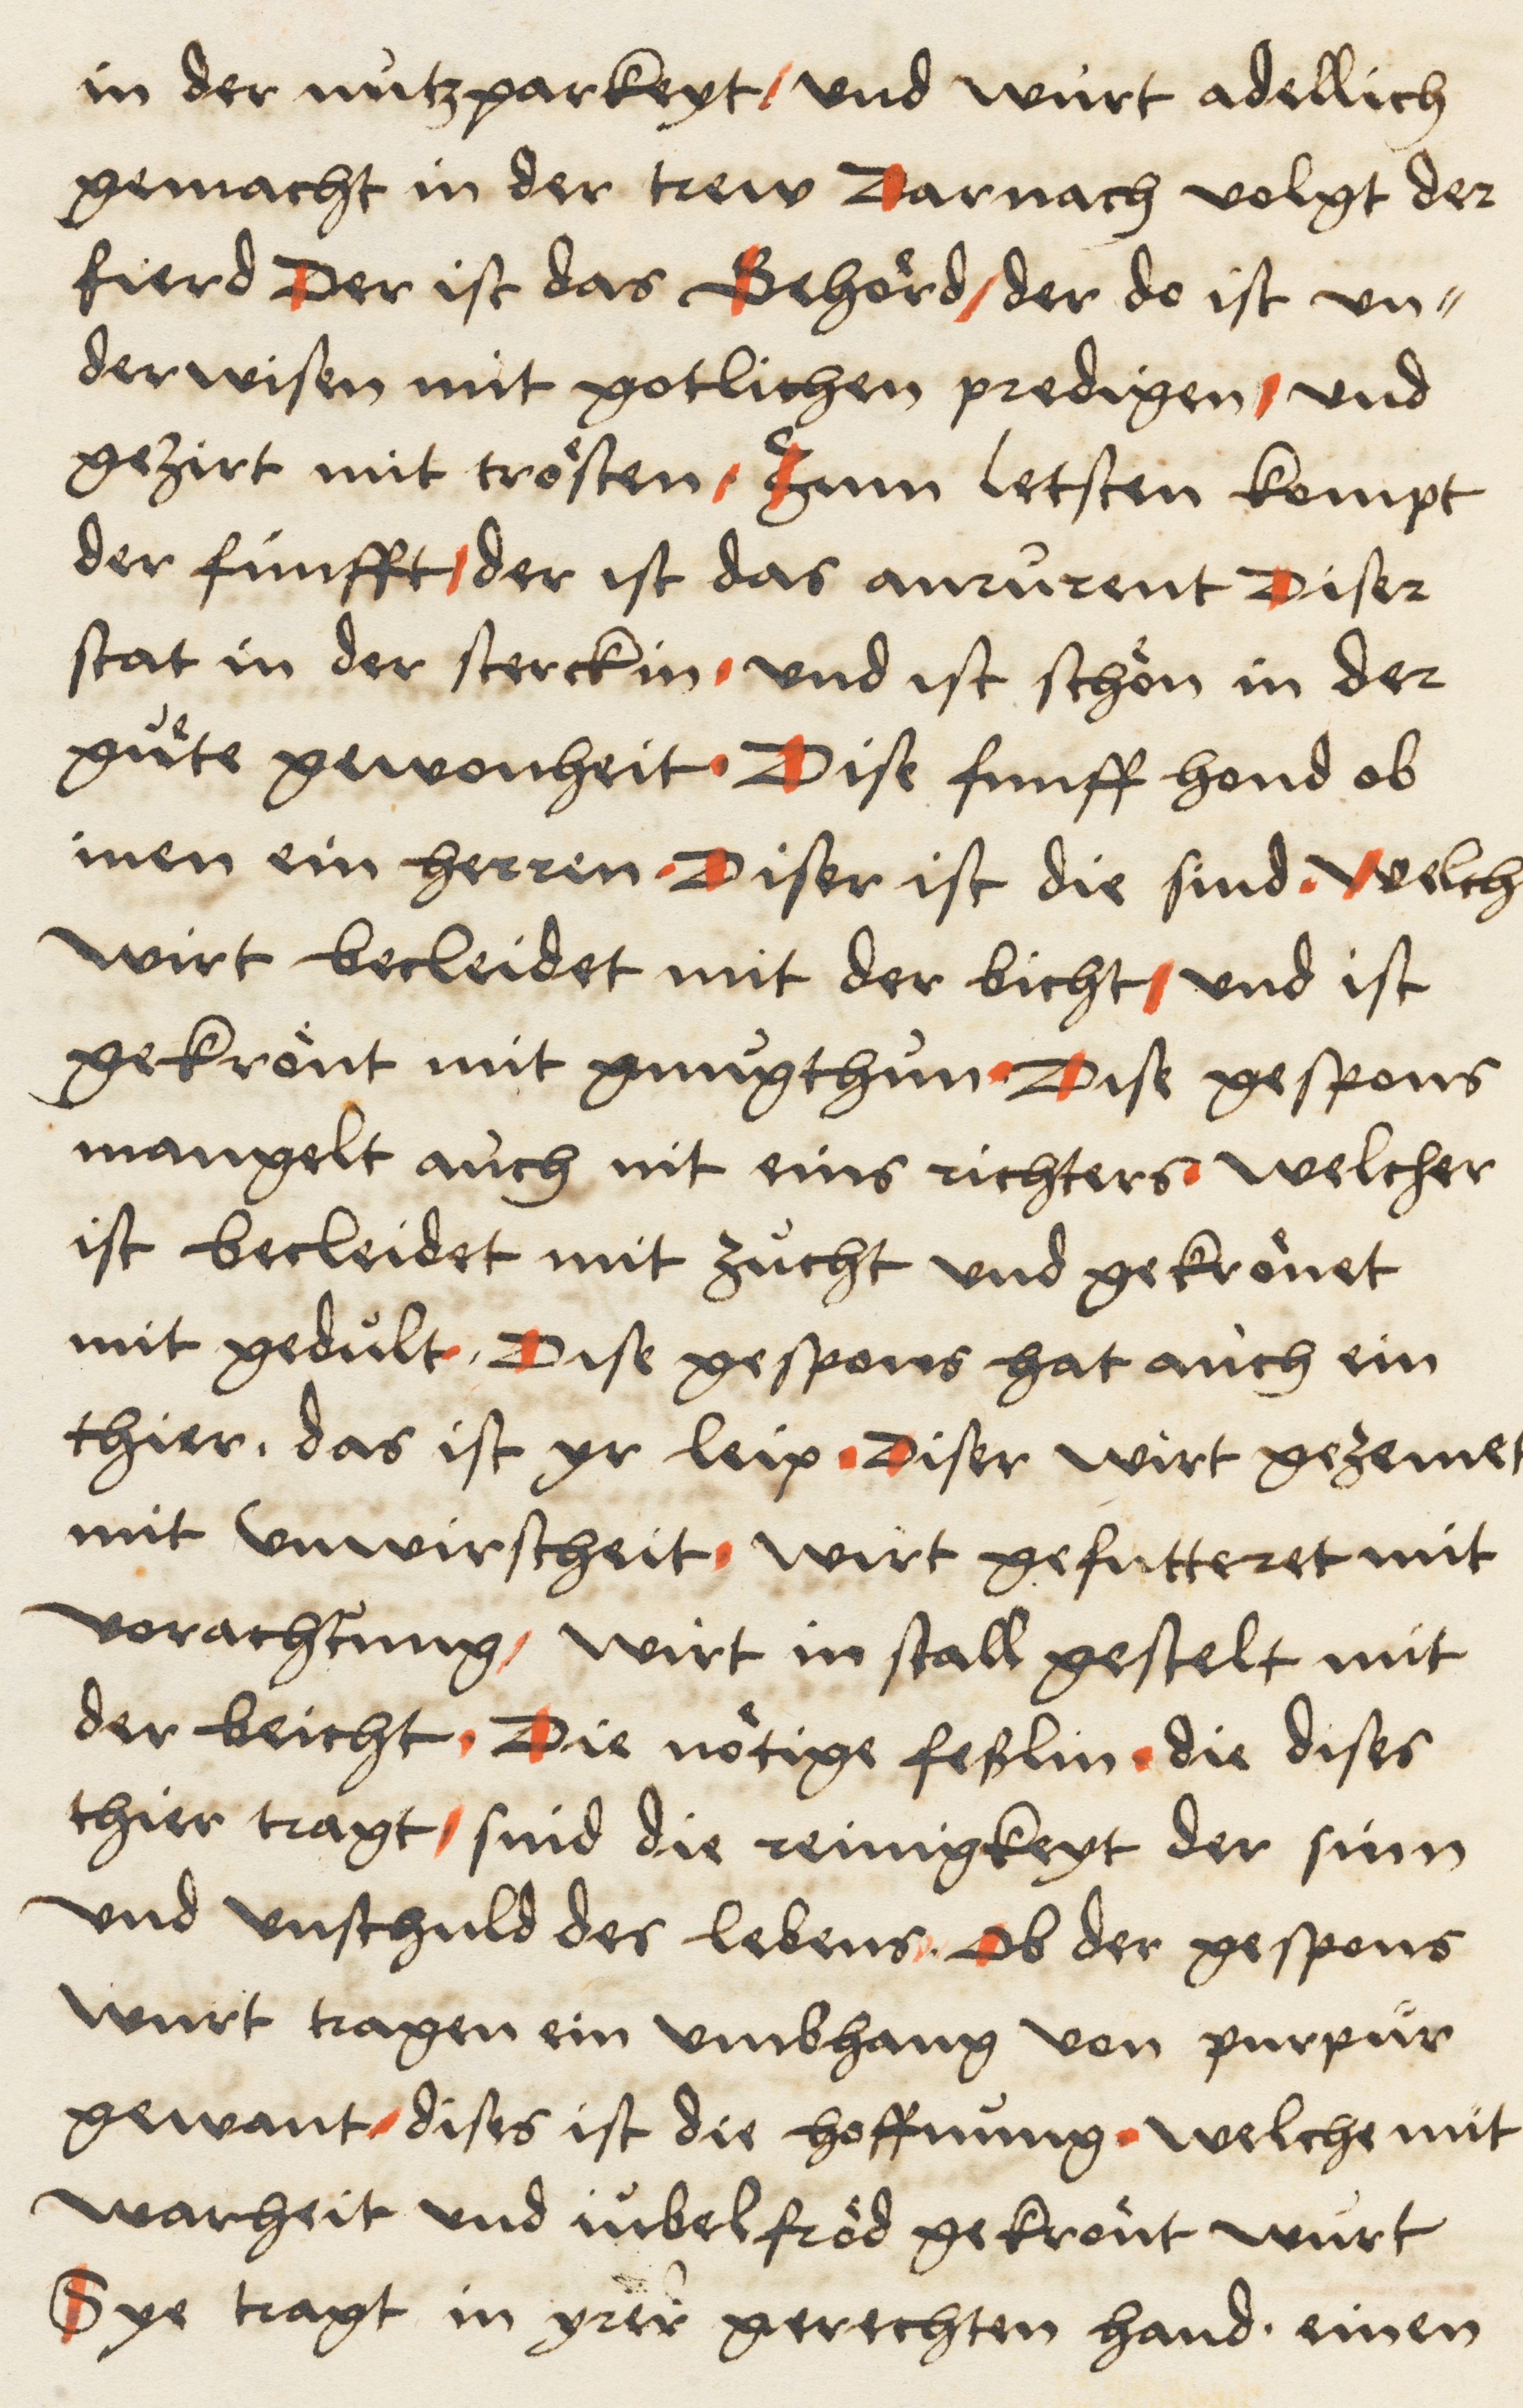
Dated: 1516–1517